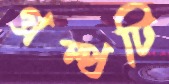
গ্রন্থটি